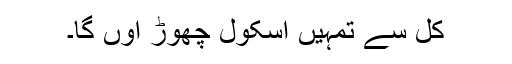
کل سے تمہیں اسکول چھوڑ آؤں گا۔